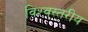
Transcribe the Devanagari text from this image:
विश्‍वस्तरीय